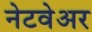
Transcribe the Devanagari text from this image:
नेटवेअर